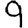
Digit: 9